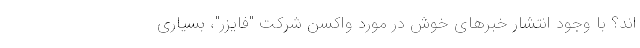
اند؟ با وجود انتشار خبرهای خوش در مورد واکسن شرکت "فایزر"، بسیاری